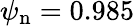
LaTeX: {\psi_{\mathrm{n}}=0.985}